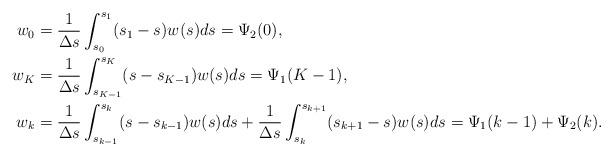
LaTeX: \begin{align*} w_0 & = \frac{1}{\Delta s} \int_{s_0}^{s_1} (s_1-s)w(s)ds = \Psi_2(0),\\ w_K & = \frac{1}{\Delta s} \int_{s_{K-1}}^{s_K} (s-s_{K-1})w(s)ds = \Psi_1(K-1),\\ w_k & = \frac{1}{\Delta s} \int_{s_{k-1}}^{s_k} (s-s_{k-1})w(s)ds + \frac{1}{\Delta s} \int_{s_k}^{s_{k+1}} (s_{k+1}-s)w(s)ds = \Psi_1(k-1) + \Psi_2(k).\end{align*}